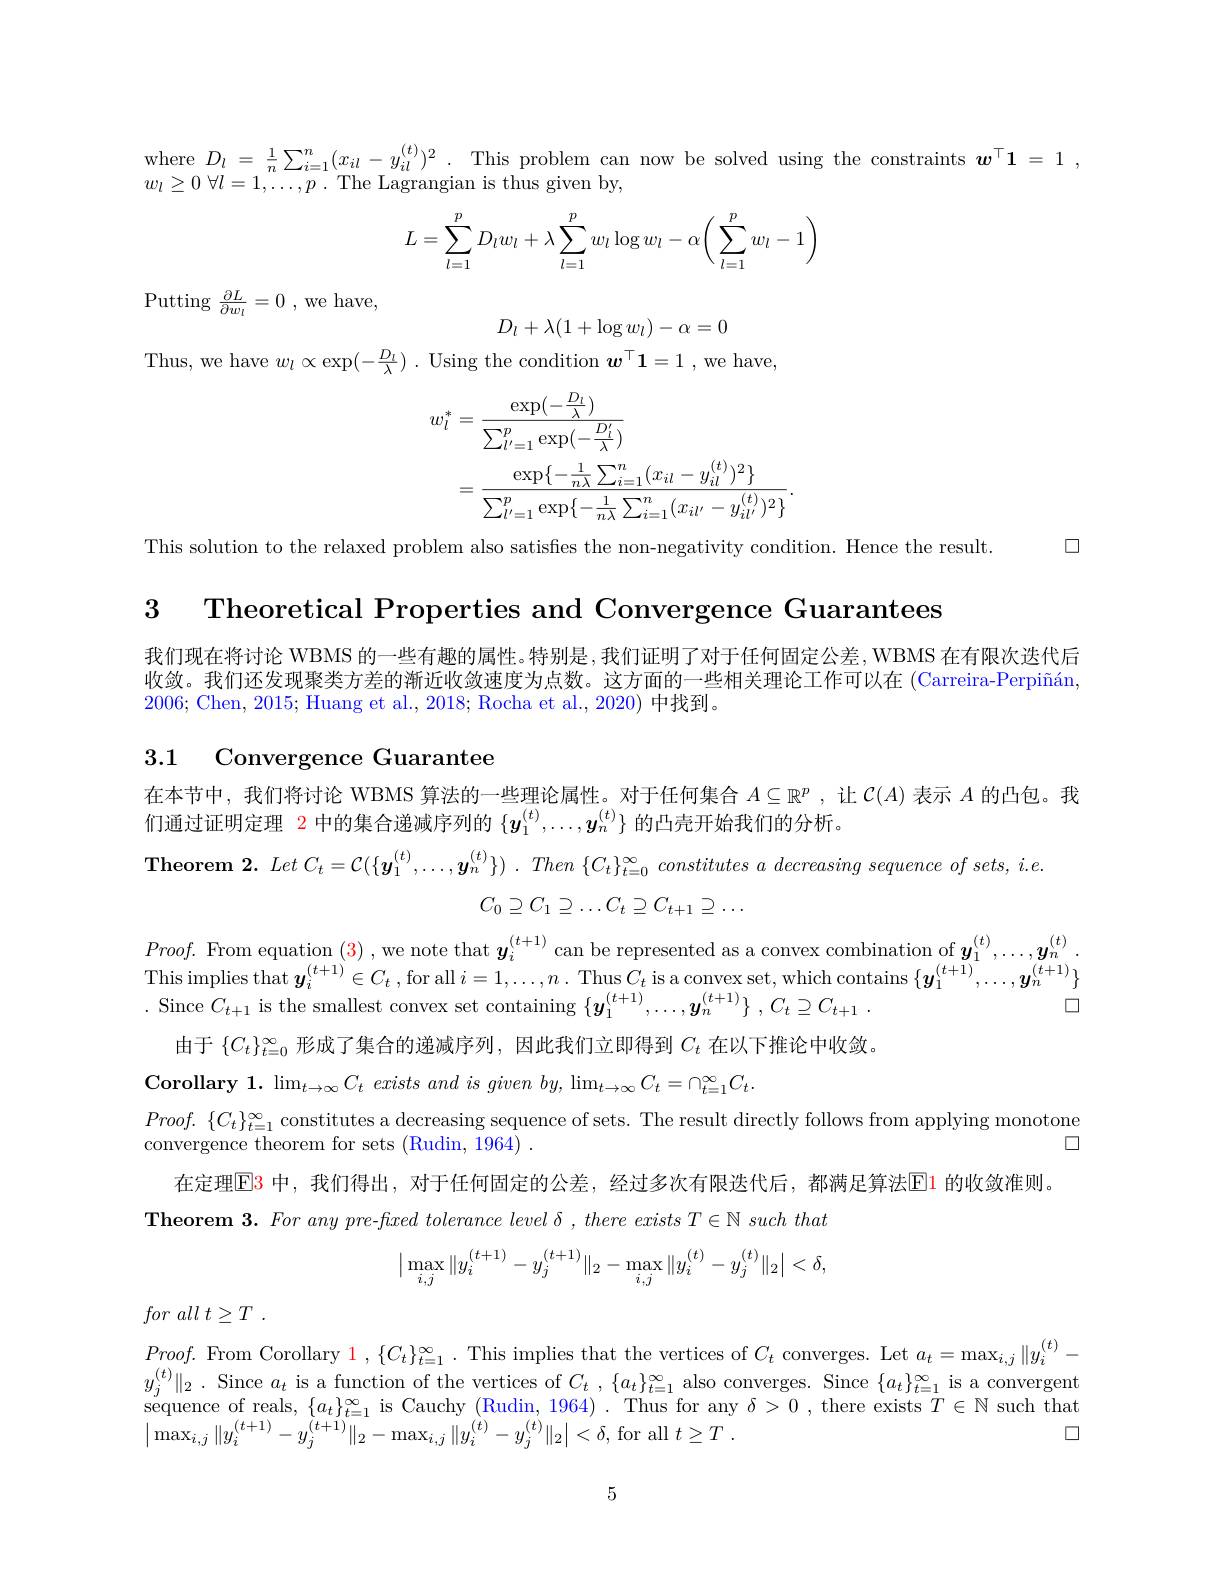
where $D_l=\frac1n\sum_{i=1}^n(x_{il}-y_{il}^{(t)})^2.$ This problem can now be solved using the constraints $\boldsymbol w^\top1=1$,
$w_{l}\geq 0$ $\forall l= 1, \ldots , p$ . The Lagrangian is thus given by,
$$\begin{aligned}L=\sum_{l=1}^pD_lw_l+\lambda\sum_{l=1}^pw_l\log w_l-\alpha\bigg(\sum_{l=1}^pw_l-1\bigg)\end{aligned}$$
${\mathrm{Putting~}\frac {\partial L}{\partial w_{l}}}= 0$ ,we have,
$$D_l+\lambda(1+\log w_l)-\alpha=0$$
Thus, we have $w_l\propto \exp ( - \frac {D_l}\lambda )$ . Using the condition $w^\top \mathbf{1} = 1$ , we have,
$$\begin{aligned}w_{l}^{*}&=\frac{\exp(-\frac{D_{l}}{\lambda})}{\sum_{l^{\prime}=1}^{p}\exp(-\frac{D_{l}}{\lambda})}\\&=\frac{\exp\{-\frac{1}{n\lambda}\sum_{i=1}^{n}(x_{il}-y_{il}^{(t)})^{2}\}}{\sum_{l^{\prime}=1}^{p}\exp\{-\frac{1}{n\lambda}\sum_{i=1}^{n}(x_{il^{\prime}}-y_{il^{\prime}}^{(t)})^{2}\}}.\end{aligned}$$
$\square$

This solution to the relaxed problem also satisfies the non-negativity condition. Hence the result.

3 Theoretical Properties and Convergence Guarantees

我们现在将讨论 WBMS 的一些有趣的属性。特别是，我们证明了对于任何固定公差，WBMS 在有限次迭代后收敛。我们还发现聚类方差的渐近收敛速度为点数。这方面的一些相关理论工作可以在 (Carreira-Perpiñán, 2006; Chen, 2015; Huang et al., 2018; Rocha et al., 2020) 中找到。

3.1 Convergence Guarantee

在本节中，我们将讨论 WBMS 算法的一些理论属性。对于任何集合$A\subseteq\mathbb{R}^p$ ,让$\mathcal{C}(A)$表示$A$的凸包。我
们通过证明定理 2 中的集合递减序列的$\{\boldsymbol{y}_1^{(t)},\ldots,\boldsymbol{y}_n^{(t)}\}$的凸壳开始我们的分析。
$\textbf{Theorem 2. }Let$ $C_t= \mathcal{C} ( \{ \boldsymbol{y}_1^{( t) }, \ldots , \boldsymbol{y}_n^{( t) }\} )$ . Then $\{ C_t\} _{t= 0}^\infty$ constitutes $a$ decreasing sequence $of$ $sets$, $i. e.$
$$C_0\supseteq C_1\supseteq\ldots C_t\supseteq C_{t+1}\supseteq\ldots $$
$Proof.$ From equation (3),we note that $\boldsymbol y_i^{(t+1)}$ can be represented as a convex combination of $\boldsymbol y_1^{(t)},\ldots,\boldsymbol{y}_n^{(t)}.$ This implies that $\boldsymbol{y}_{i}^{( t+ 1) }\in C_{t}$ ,for all $i=1,\ldots,n.$ Thus$C_t$ is a convex set, which contains $\{\boldsymbol y_{1}^{(t+1)},\ldots,\boldsymbol{y}_{n}^{(t+1)}\}$ . Since $C_{t+1}$ is the smallest convex set containing $\{ \boldsymbol{y}_1^{( t+ 1) }, \ldots , \boldsymbol{y}_n^{( t+ 1) }\}$ $, C_t\supseteq C_{t+ 1}$ .
$\square$
由于$\{C_t\}_{t=0}^\infty$形成了集合的递减序列，因此我们立即得到$C_t$在以下推论中收敛。
$\textbf{Corollary 1. }\lim _{t\to \infty }C_{t}\textit{exists and is given by, }\lim _{t\to \infty }C_{t}= \cap _{t= 1}^{\infty }C_{t}.$
$Proof.~\{C_{t}\}_{t=1}^{\infty}$constitutes a decreasing sequence of sets. The result directly follows from applying monotone
$\square$
convergence theorem for sets (Rudin, 1964) .
在定理$\color{red}{\mathrm{E}}\color{red}{\mathrm{B}}$ 中，我们得出，对于任何固定的公差，经过多次有限迭代后，都满足算法$\color{red}{\mathrm{E}}\color{red}{\mathrm{E}}\color{red}{\mathrm{E}}\color{red}{\mathrm{E}}\color{red}{\mathrm{E}}\color{red}{\mathrm{E}}\color{red}{\mathrm{E}}\color{red}{\mathrm{E}}\color{red}{\mathrm{E}}\color{red}{\operatorname*{E}}\color{red}{\mathrm{E}}\color{red}{\mathrm{E}}\color{red}{\mathrm{E}}\color{red}{\mathrm{E}}\color{red}{\mathrm{E}}\color{red}{\mathrm{E}}\color{red}{\mathrm{E}}\color{red}$
Theorem $3. Foranypre- fxedtolerance$ $level\delta , there$ exists $T\in \mathbb{N}$ such that
$$\begin{array}{|c}\max\limits_{i,j}\|y_i^{(t+1)}-y_j^{(t+1)}\|_2-\max\limits_{i,j}\|y_i^{(t)}-y_j^{(t)}\|_2\big|<\delta,\end{array}$$
for all $t\geq T$ .

$Proof.$ From Corollary 1 , $\{ C_{t}\} _{t= 1}^{\infty }.$ This implies that the vertices of $C_{t}$ converges. Let $a_{t}= \max _{i, j}\| y_{i}^{( t) }-$ $y_{j}^{( t) }\| _{2}.$ Since $a_{t}$ is a function of the vertices of $C_{t}, \{ a_{t}\} _{t= 1}^{\infty }$ also converges. Since $\{ a$ sequence of reals, $\{a_t\}_t=1^\infty$ is Cauchy (Rudin, 1964) . Thus for any $\delta>0$ , there exists $T\in\mathbb{N}$ such that
$\square$
$\left|\operatorname*{max}_{i,j}\|y_{i}^{(t+1)}-y_{j}^{(t+1)}\|_{2}-\operatorname*{max}_{i,j}\|y_{i}^{(t)}-y_{j}^{(t)}\|_{2}|<\delta,\operatorname*{for}\mathrm{~all~}t\geq T\:.\right.$

5